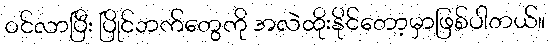
ဝင်လာပြီး ပြိုင်ဘက်တွေကို အလဲထိုးနိုင်တော့မှာဖြစ်ပါတယ်။